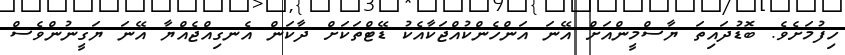
ހިފުމަށެވެ. ބޮޑުދައިތަ ޔާސްމީންއަށް އޭނަ އަންހެންކުއްޖަކާއެކު ޑޭޓްތަކަށް ދާކަން އެނގިއްޖެއްޔާ އޭނަ ޔަގީނުންވެސް